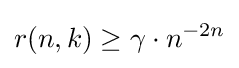
r(n,k)\geq \gamma \cdot n^{-2n}